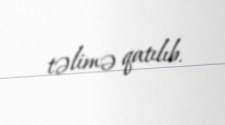
təlimə qatılıb.